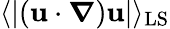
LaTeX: \langle\lvert\left(\mathbf{u}\cdot\boldsymbol{\nabla}\right)\mathbf{u}\rvert\rangle_{\mathrm{LS}}